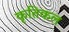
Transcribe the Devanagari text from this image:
कृतिकल